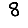
Digit: 8